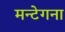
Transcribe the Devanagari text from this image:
मन्टेगना